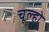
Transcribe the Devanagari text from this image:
चूल्हो